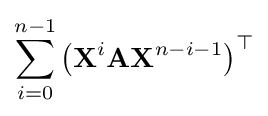
\sum _{i=0}^{n-1}\left(\mathbf {X} ^{i}\mathbf {A} \mathbf {X} ^{n-i-1}\right)^{\top }